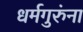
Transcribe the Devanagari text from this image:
धर्मगुरुंना